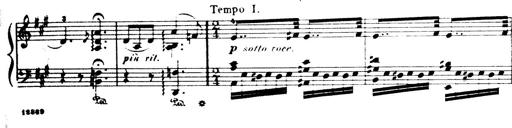
Title: Wagner-Liszt Album
Composer: Franz Liszt